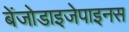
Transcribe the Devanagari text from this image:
बेंजोडाइजेपाइनस